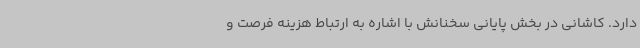
دارد. کاشانی در بخش پایانی سخنانش با اشاره به ارتباط هزینه فرصت و